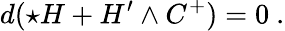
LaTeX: d(\star H+H^{\prime}\wedge C^{+})=0\ .